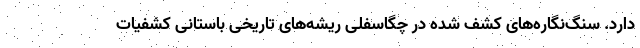
دارد. ‌سنگ‌نگاره‌های کشف شده در چگاسفلی ریشه‌های تاریخی باستانی کشفیات